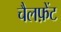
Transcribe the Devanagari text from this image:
चैलफ़ेंट